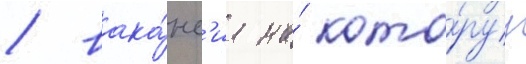
/ вака́нс'иа на́ кото́руу